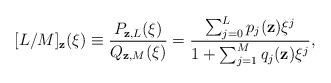
LaTeX: \begin{align*}[L/M]_{\bf z}(\xi)\equiv{P_{{\bf z},L}(\xi)\over Q_{{\bf z},M}(\xi)}={\sum_{j=0}^L p_j({\bf z})\xi^j\over 1+\sum_{j=1}^M q_j({\bf z})\xi^j},\end{align*}